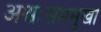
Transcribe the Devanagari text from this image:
अश्वःसप्तमुखौ